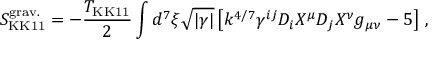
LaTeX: S _ { \mathrm { K K 1 1 } } ^ { \mathrm { g r a v . } } = - { \frac { T _ { \mathrm { K K 1 1 } } } { 2 } } \int d ^ { 7 } \xi \sqrt { | \gamma | } \left[ k ^ { 4 / 7 } \gamma ^ { i j } D _ { i } X ^ { \mu } D _ { j } X ^ { \nu } g _ { \mu \nu } - 5 \right] \, ,